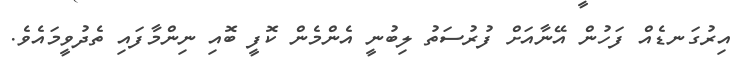
އިރުގަނޑެއް ފަހުން އޭނާއަށް ފުރުސަތު ލިބުނީ އެންމެން ކޮފީ ބޮއި ނިންމާފައި ތެދުވީމައެވެ.